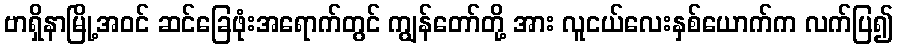
ဗာရှိနာမြို့အဝင် ဆင်ခြေဖုံးအရောက်တွင် ကျွန်တော်တို့ အား လူငယ်လေးနှစ်ယောက်က လက်ပြ၍